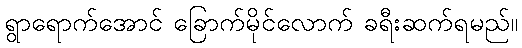
ရွာရောက်အောင် ခြောက်မိုင်လောက် ခရီးဆက်ရမည်။